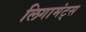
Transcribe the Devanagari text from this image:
लिगामंट्स